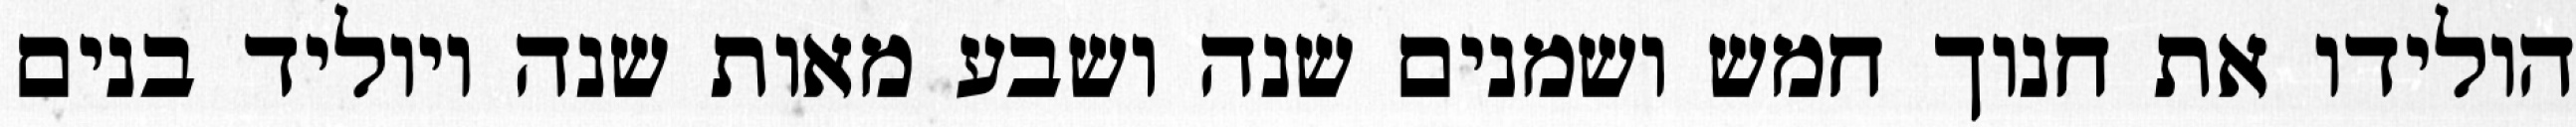
הולידו את חנוך חמש ושמנים שנה ושבע מאות שנה ויוליד בנים